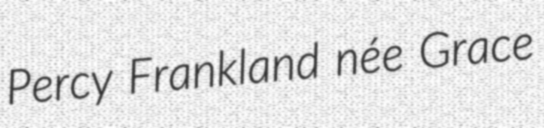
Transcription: Percy Frankland née Grace